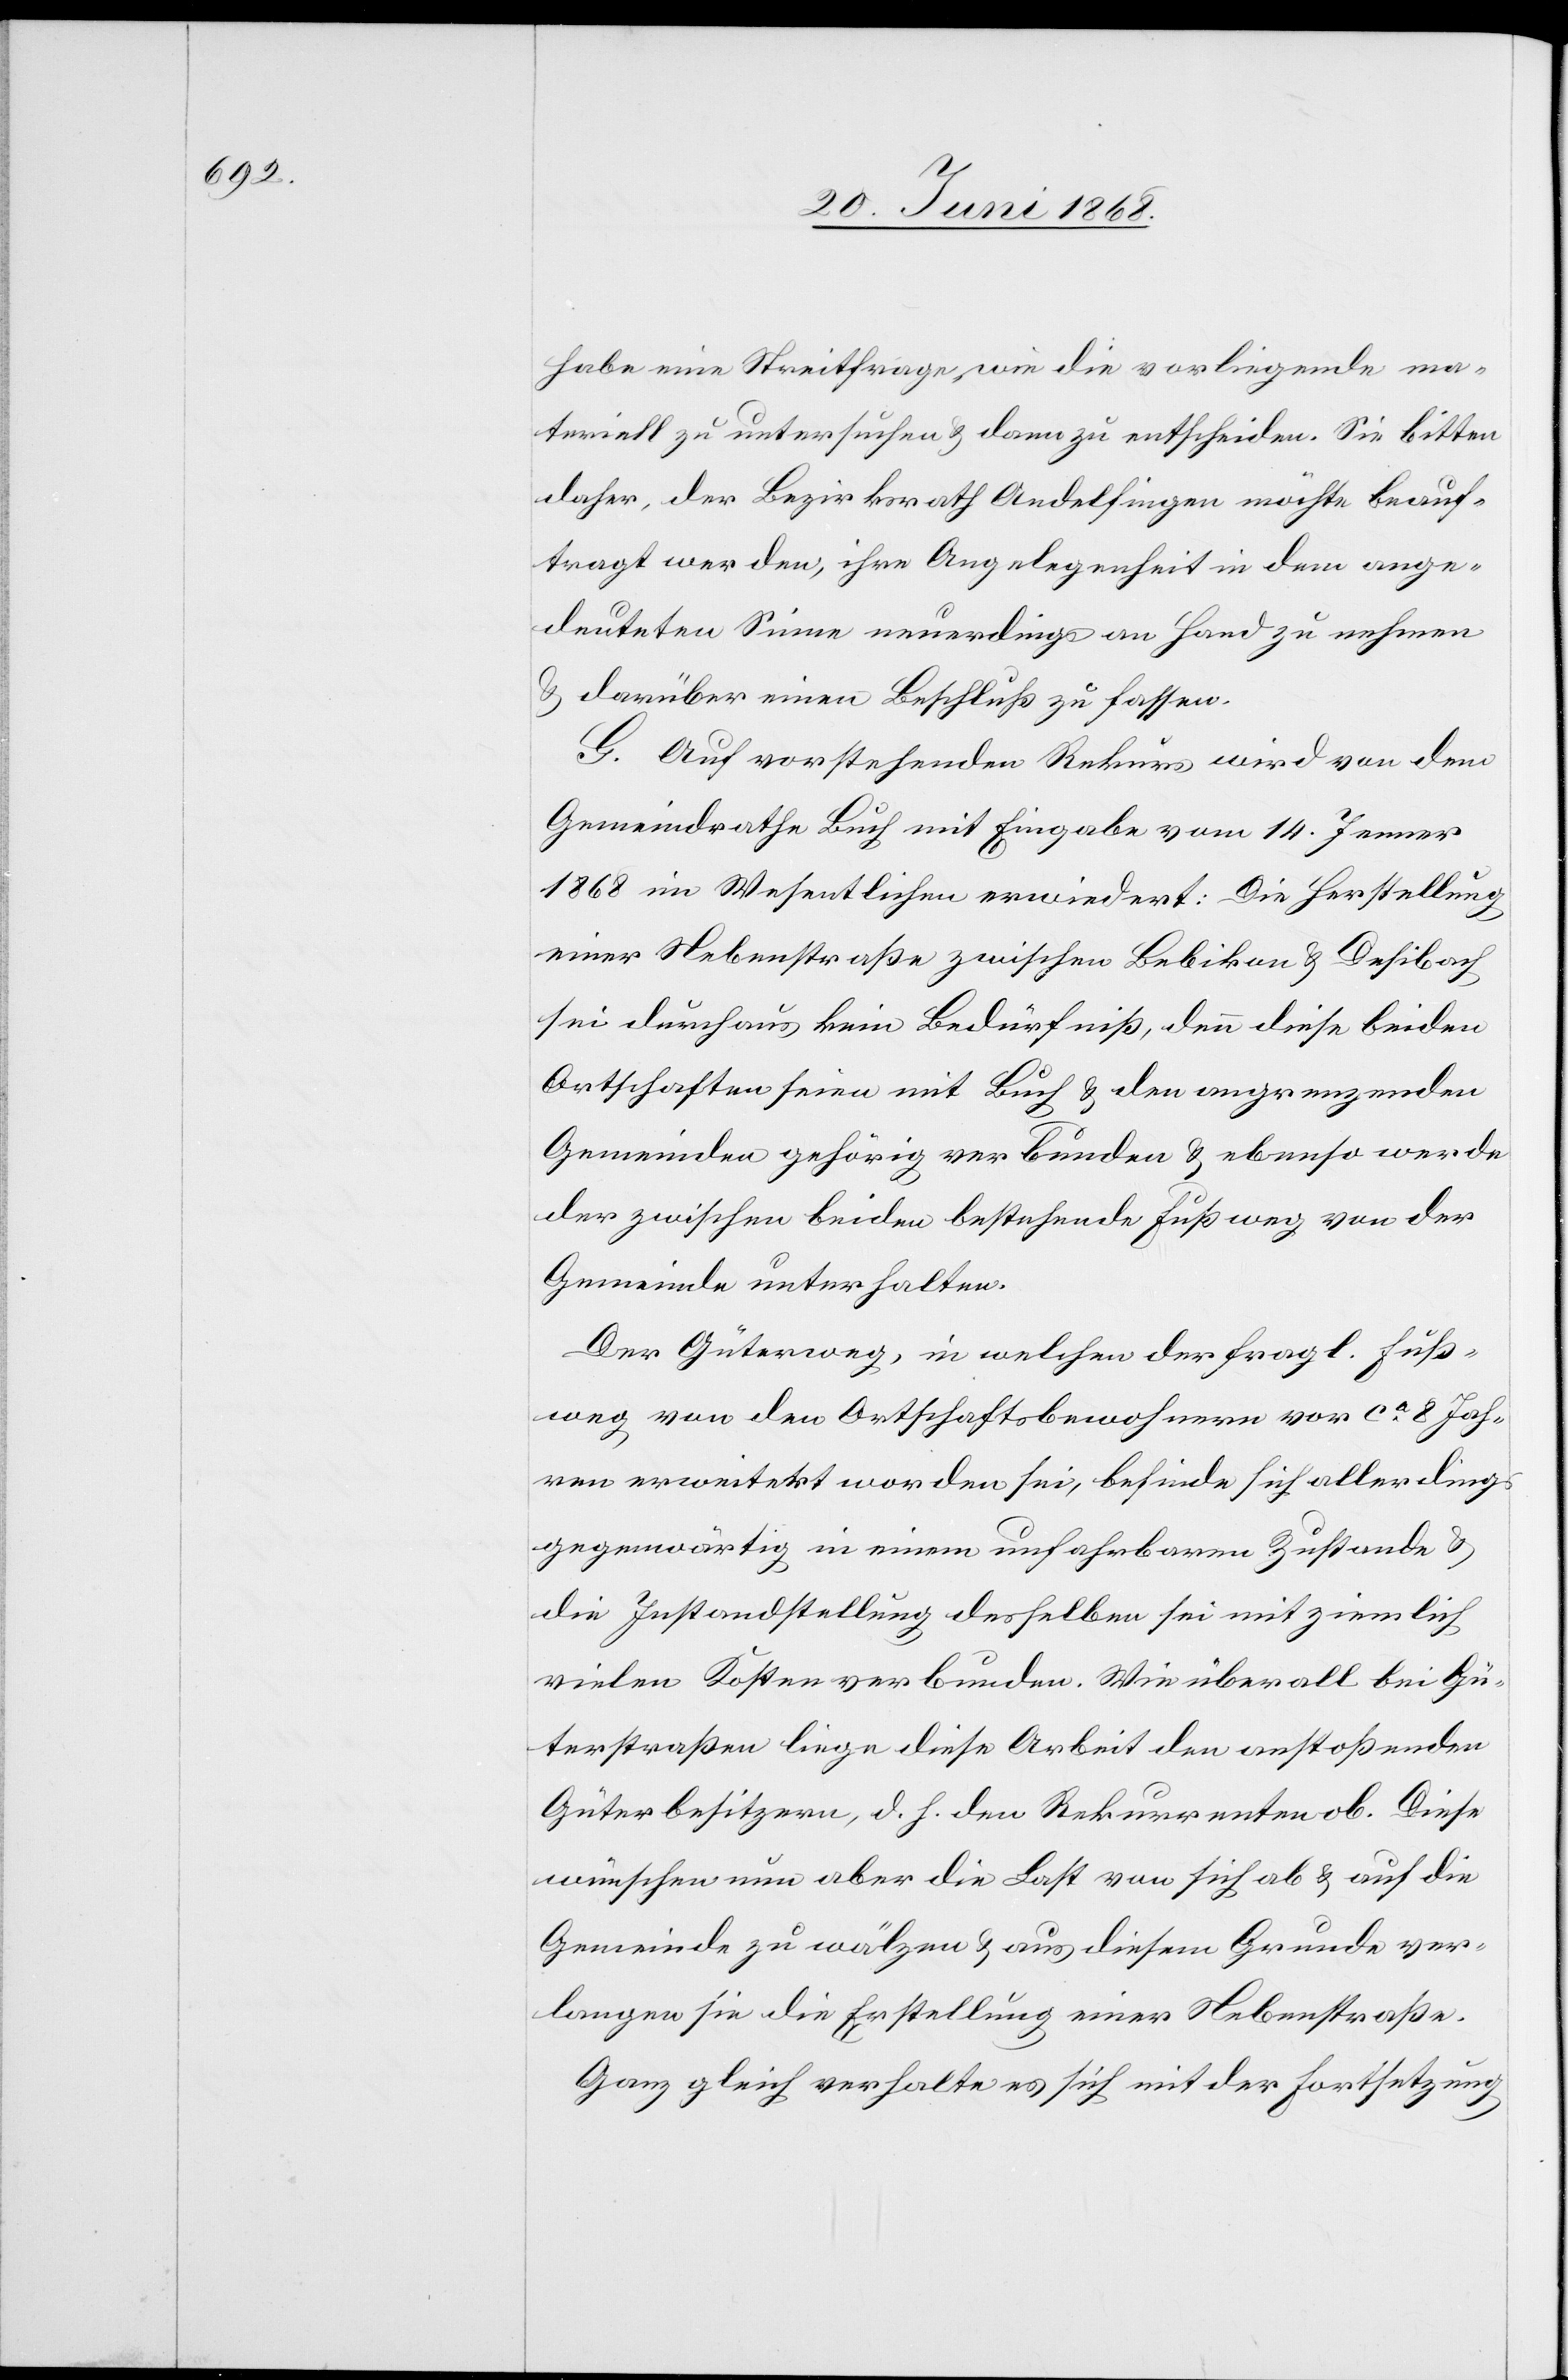
habe eine Streitfrage wie die vorliegende ma¬
teriell zu untersuchen & dann zu entscheiden. Sie bitten
daher, der Bezirksrath Andelfingen möchte beauf¬
tragt werden, ihre Angelegenheit in dem ange¬
deuteten Sinne neuerdings an Hand zu nehmen
& darüber einen Beschluß zu fassen.
G. Auf vorstehenden Rekurs wird von dem
Gemeindrathe Buch mit Eingabe vom 14. Jenner
1868 im Wesentlichen erwiedert: Die Herstellung
einer Nebenstraße zwischen Bebikon & Desibach
sei durchaus kein Bedürfniß, denn diese beiden
Ortschaften seien mit Buch & den angrenzenden
Gemeinden gehörig verbunden & ebenso werde
der zwischen beiden bestehende Fußweg von der
Gemeinde unterhalten.
Der Güterweg, in welchen der fragl. Fuß¬
weg von den Ortschaftsbewohnern vor ca. 8 Jah¬
ren erweitert worden sei, befinde sich allerdings
gegenwärtig in einem unfahrbaren Zustande &
die Instandstellung desselben sei mit ziemlich
vielen Kosten verbunden. Wie überall bei Gü¬
terstraßen liege diese Arbeit den anstoßenden
Güterbesitzern, d. h. den Rekurrenten ob. Diese
wünschen nun aber die Last von sich ab & auf die
Gemeinde zu wälzen & aus diesem Grunde ver¬
langen sie die Erstellung einer Nebenstraße.
Ganz gleich verhalte es sich mit der Fortsetzung